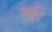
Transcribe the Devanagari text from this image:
नड्डी